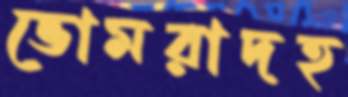
ভোমরাদহ